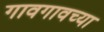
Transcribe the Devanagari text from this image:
गावगावच्या